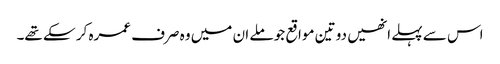
اس سے پہلے انھیں دو تین مواقع جو ملے ان میں وہ صرف عمرہ کر سکے تھے۔